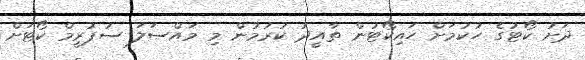
ދަށު ކޯޓުގެ ހުކުމަށް ހައިކޯޓުން ތާއީދު ކުރުމުން މި މައްސަލަ ސުޕުރީމް ކޯޓަށް